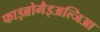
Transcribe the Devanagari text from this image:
फाइब्रोमैइअल्जिआ